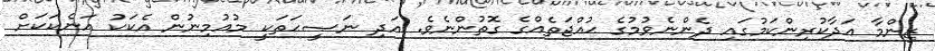
ޒިންމާ އަދާކުރިންކަމުގައި ދެންނެވުމުގެ ޙުއްޖަތެއްގެ ގޮތުންނެވެ. އަދި ނަޞީޙަތަކީ މުއުމިނުން އެކަކު އަނެކަކަށް